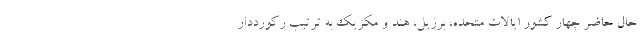
حال حاضر چهار کشور ایالات متحده، برزیل، هند و مکزیک به ترتیب رکورددارِ